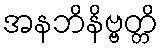
အနဘိနိဗ္ဗတ္တိ